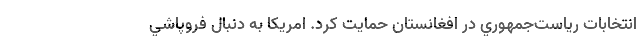
انتخابات رياست‌جمهوري در افغانستان حمايت كرد. امريكا به دنبال فروپاشي